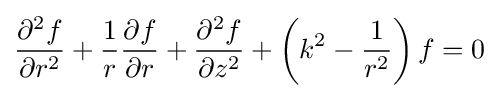
{\frac {\partial ^{2}f}{\partial r^{2}}}+{\frac {1}{r}}{\frac {\partial f}{\partial r}}+{\frac {\partial ^{2}f}{\partial z^{2}}}+\left(k^{2}-{\frac {1}{r^{2}}}\right)f=0